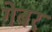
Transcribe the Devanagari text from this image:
गेबर